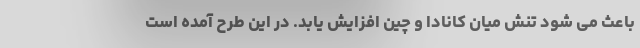
باعث می شود تنش میان کانادا و چین افزایش یابد. در این طرح آمده است